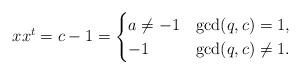
LaTeX: \begin{align*} xx^t=c-1&= \begin{cases}a\ne -1& \gcd(q,c)= 1,\\-1 & \gcd(q,c)\ne 1.\end{cases}\end{align*}